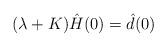
LaTeX: \begin{align*}(\lambda + K)\hat H(0) = \hat d(0)\end{align*}